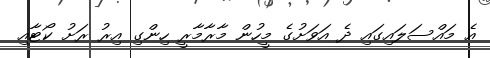
އެ މައްސަލައިގައި ދެ އަވަށުގެ މީހުން މާރާމާރީ ހިންގި އިރު ރަށު ކޯޓާއި